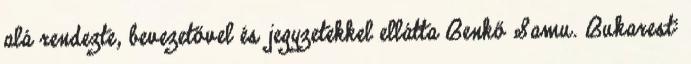
alá rendezte, bevezetővel és jegyzetekkel ellátta Benkő Samu. Bukarest: